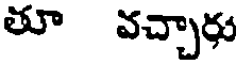
తూ వచ్చారు